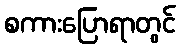
စကားပြောရာတွင်